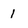
Character: 1